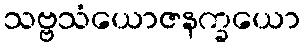
သဗ္ဗသံယောဇနက္ခယော